Report of the Indian Hemp Drugs Commission, 1894-1895 - Volume I
Year: 1894
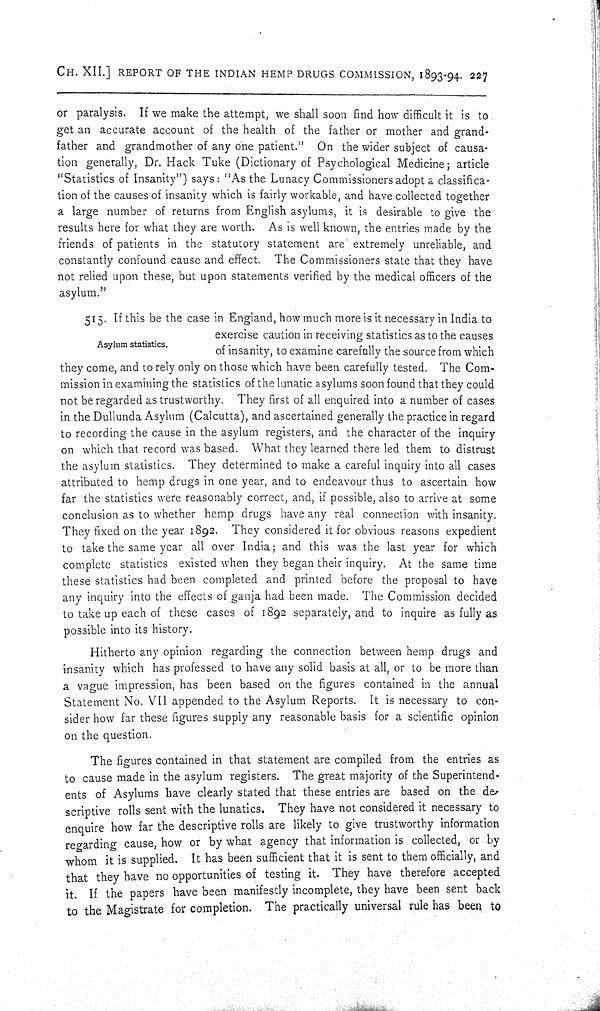
CH. XII.] REPORT OF THE INDIAN HEMP DRUGS COMMISSION, 1893-94. 227
or paralysis. If we make the attempt, we shall soon find how difficult it is to
get an accurate account of the health of the father or mother and grand-
father and grandmother of any one patient."
On the wider subject of causa-
tion generally, Dr. Hack Tuke (Dictionary of Psychological Medicine; article
"Statistics of Insanity") says: "As the Lunacy Commissioners adopt a classifica-
tion of the causes of insanity which is fairly workable, and have collected together
a large number of returns from English asylums, it is desirable to give the
results here for what they are worth. As is well known, the entries made by the
friends of patients in the statutory statement are extremely unreliable, and
constantly confound cause and effect. The Commissioners state that they have
not relied upon these, but upon statements verified by the medical officers of the
asylum."
Asylum statistics.
515. If this be the case in England, how much more is it necessary in India to
exercise caution in receiving statistics as to the causes
of insanity, to examine carefully the source from which
they come, and to rely only on those which have been carefully tested. The Com-
mission in examining the statistics of the lunatic asylums soon found that they could
not be regarded as trustworthy. They first of all enquired into a number of cases
in the Dullunda Asylum (Calcutta), and ascertained generally the practice in regard
to recording the cause in the asylum registers, and the character of the inquiry
on which that record was based. What they learned there led them to distrust
the asylum statistics. They determined to make a careful inquiry into all cases
attributed to hemp drugs in one year, and to endeavour thus to ascertain how
far the statistics were reasonably correct, and, if possible, also to arrive at some
conclusion as to whether hemp drugs have any real connection with insanity.
They fixed on the year 1892. They considered it for obvious reasons expedient
to take the same year all over India; and this was the last year for which
complete statistics existed when they began their inquiry. At the same time
these statistics had been completed and printed before the proposal to have
any inquiry into the effects of ganja had been made. The Commission decided
to take up each of these cases of 1892 separately, and to inquire as fully as
possible into its history.
Hitherto any opinion regarding the connection between hemp drugs and
insanity which has professed to have any solid basis at all, or to be more than
a vague impression, has been based on the figures contained in the annual
Statement No. VII appended to the Asylum Reports. It is necessary to con-
sider how far these figures supply any reasonable basis for a scientific opinion
on the question.
The figures contained in that statement are compiled from the entries as
to cause made in the asylum registers. The great majority of the Superintend-
ents of Asylums have clearly stated that these entries are based on the de-
scriptive rolls sent with the lunatics. They have not considered it necessary to
enquire how far the descriptive rolls are likely to give trustworthy information
regarding cause, how or by what agency that information is collected, or by
whom it is supplied. It has been sufficient that it is sent to them officially, and
that they have no opportunities of testing it. They have therefore accepted
it. If the papers have been manifestly incomplete, they have been sent back
to the Magistrate for completion. The practically universal rule has been to